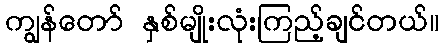
ကျွန်တော် နှစ်မျိုးလုံးကြည့်ချင်တယ်။